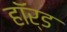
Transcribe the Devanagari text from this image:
हॉर्ड